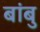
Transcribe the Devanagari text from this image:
बांबु